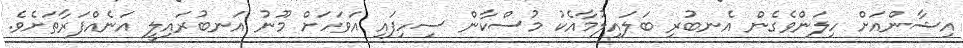
އިޝާންއަށް ހިލަންވެގެން އެނބުރި ބަލައިލުމާއެކު މުސްކާން ސިހިފައި އަވަހަށް މޫނު އަނބުރައިލީ އަނެއްފަރާތަށެވެ.